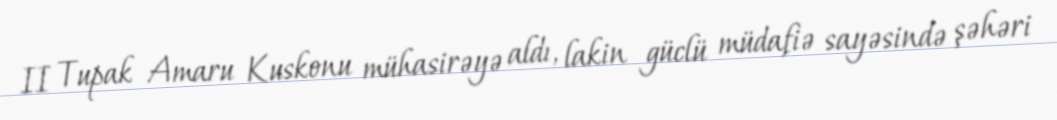
II Tupak Amaru Kuskonu mühasirəyə aldı, lakin güclü müdafiə sayəsində şəhəri